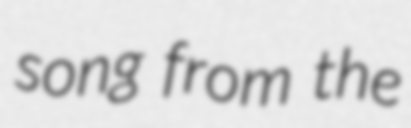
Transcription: song from the